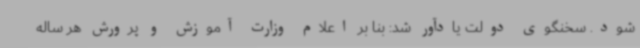
شود. سخنگوی دولت یادآور شد: بنا بر اعلام وزارت آموزش و پرورش هر ساله